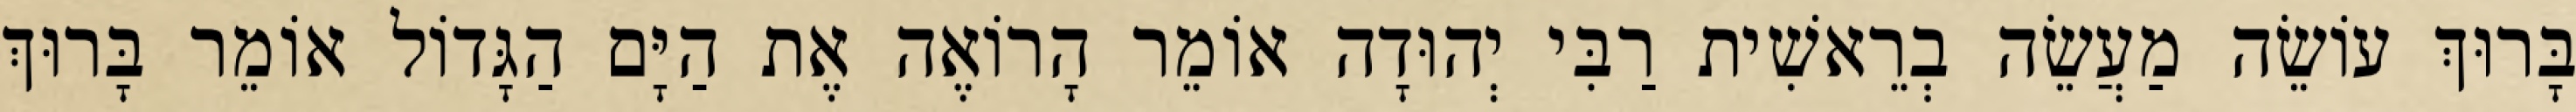
בָּרוּךְ עוֹשֵׂה מַעֲשֵׂה בְרֵאשִׁית רַבִּי יְהוּדָה אוֹמֵר הָרוֹאֶה אֶת הַיָּם הַגָּדוֹל אוֹמֵר בָּרוּךְ